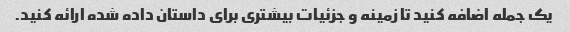
یک جمله اضافه کنید تا زمینه و جزئیات بیشتری برای داستان داده شده ارائه کنید.